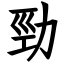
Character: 勁